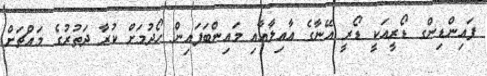
ފައިންޑިންގ ޑޯރީއަކީ ޑޯރީ އޭނާގެ އާއިލާއާއި މައިންބަފައިން ހޯދުމަށް ކުރާ ދަތުރުގެ މައްޗަށް